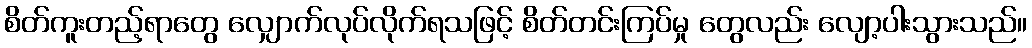
စိတ်ကူးတည့်ရာတွေ လျှောက်လုပ်လိုက်ရသဖြင့် စိတ်တင်းကြပ်မှု တွေလည်း လျော့ပါးသွားသည်။